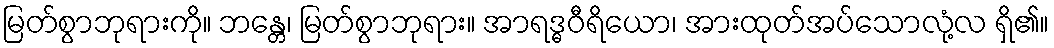
မြတ်စွာဘုရားကို။ ဘန္တေ၊ မြတ်စွာဘုရား။ အာရဒ္ဓဝီရိယော၊ အားထုတ်အပ်သောလုံ့လ ရှိ၏။